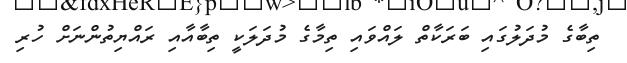
ތިބާގެ މުދަލުގައި ބަރަކާތް ލައްވައި ތިމާގެ މުދަލަކީ ތިބާއާއި ރައްޔިތުންނަށް ހުރި